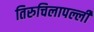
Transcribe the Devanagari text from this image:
तिरुचिलापल्ली